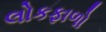
લોકફાળો